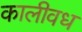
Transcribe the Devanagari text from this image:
कालीवध